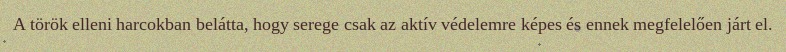
A török elleni harcokban belátta, hogy serege csak az aktív védelemre képes és ennek megfelelően járt el.